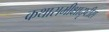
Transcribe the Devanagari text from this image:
कथासमीक्षादृष्टीस